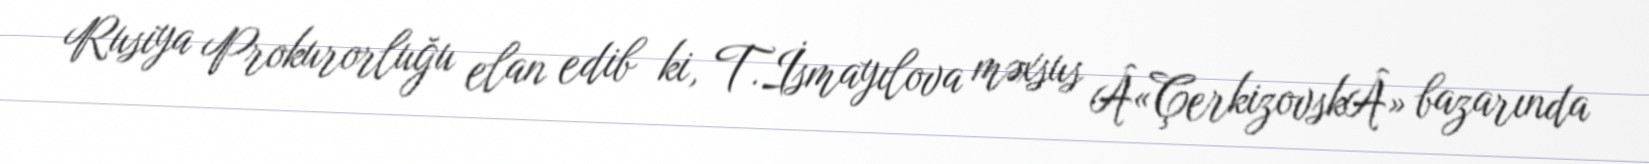
Rusiya Prokurorluğu elan edib ki, T.İsmayılova məxsus Â«ÇerkizovskÂ» bazarında